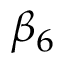
\beta _ { 6 }